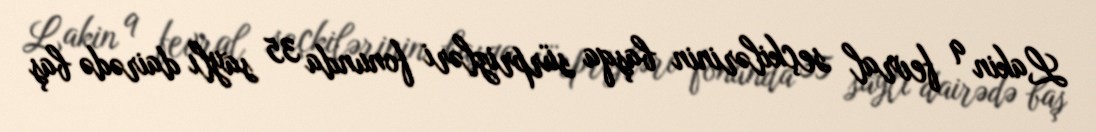
Lakin 9 fevral seçkilərinin başqa sürprizləri fonunda 35 saylı dairədə baş